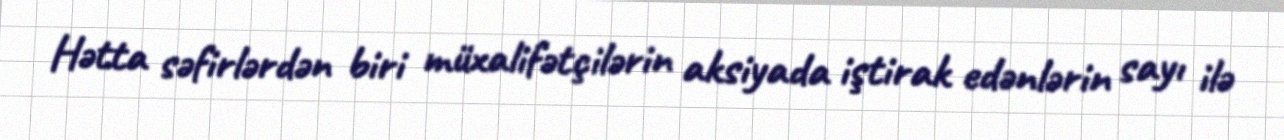
Hətta səfirlərdən biri müxalifətçilərin aksiyada iştirak edənlərin sayı ilə